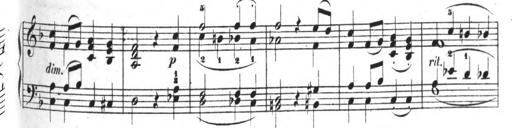
Title: 4 Sonatinas
Composer: Jacob Schmitt